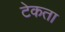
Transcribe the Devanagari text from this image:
टेकता